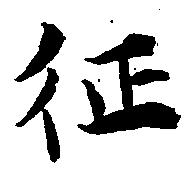
征